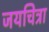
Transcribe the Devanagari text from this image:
जयचित्रा